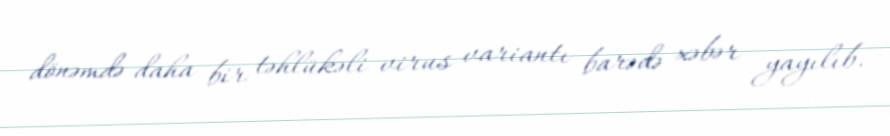
dönəmdə daha bir təhlükəli virus variantı barədə xəbər yayılıb.